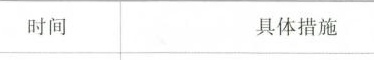
时间 具体措施